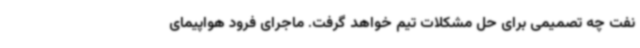
نفت چه تصمیمی برای حل مشکلات تیم‌ خواهد گرفت. ماجرای فرود هواپیمای